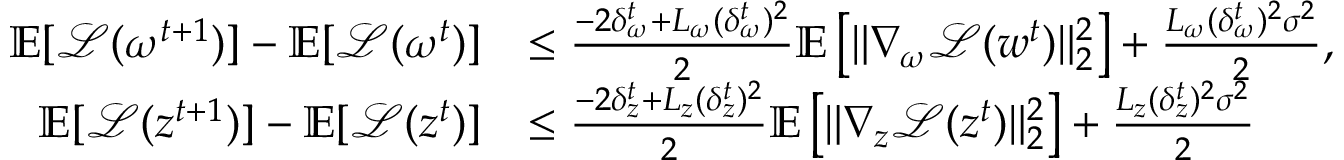
\begin{array} { r l } { \mathbb { E } [ \mathcal { L } ( \omega ^ { t + 1 } ) ] - \mathbb { E } [ \mathcal { L } ( \omega ^ { t } ) ] } & { \leq \frac { - 2 \delta _ { \omega } ^ { t } + L _ { \omega } ( \delta _ { \omega } ^ { t } ) ^ { 2 } } { 2 } \mathbb { E } \left[ \| \nabla _ { \omega } \mathcal { L } ( w ^ { t } ) \| _ { 2 } ^ { 2 } \right] + \frac { L _ { \omega } ( \delta _ { \omega } ^ { t } ) ^ { 2 } \sigma ^ { 2 } } { 2 } , } \\ { \mathbb { E } [ \mathcal { L } ( z ^ { t + 1 } ) ] - \mathbb { E } [ \mathcal { L } ( z ^ { t } ) ] } & { \leq \frac { - 2 \delta _ { z } ^ { t } + L _ { z } ( \delta _ { z } ^ { t } ) ^ { 2 } } { 2 } \mathbb { E } \left[ \| \nabla _ { z } \mathcal { L } ( z ^ { t } ) \| _ { 2 } ^ { 2 } \right] + \frac { L _ { z } ( \delta _ { z } ^ { t } ) ^ { 2 } \sigma ^ { 2 } } { 2 } } \end{array}